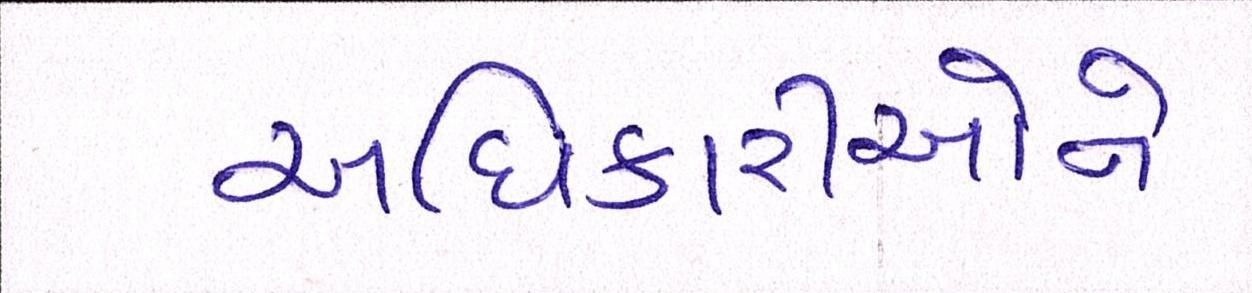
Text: અધિકારીઓને